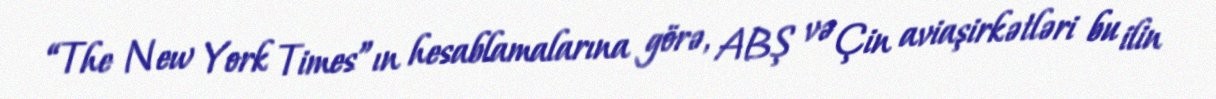
“The New York Times”ın hesablamalarına görə, ABŞ və Çin aviaşirkətləri bu ilin